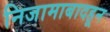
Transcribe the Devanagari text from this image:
निजामाबादहून